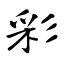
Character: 彩